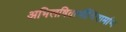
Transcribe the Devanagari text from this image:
अभिलषितार्थीचिंतामणि